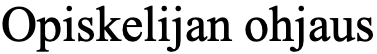
Opiskelijan ohjaus